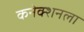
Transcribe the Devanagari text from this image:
कनेक्शनला